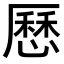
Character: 𠪱